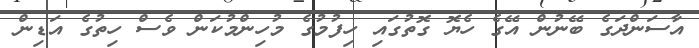
އާސަންދަގެ ބޭނުން އޭގެ ހެޔޮ ގޮތުގައި ހިފުމުގެ މުހިންމުކަން ވެސް ހިތުގެ އަޑިން